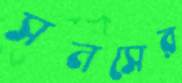
সনসের